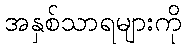
အနှစ်သာရများကို